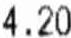
4.20